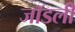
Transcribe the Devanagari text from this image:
जॉडली